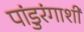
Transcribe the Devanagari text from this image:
पांडुरंगाशी